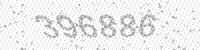
Solution: 396886